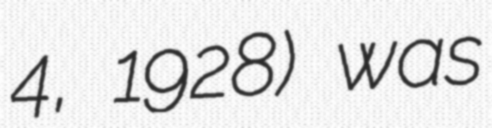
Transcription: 4, 1928) was